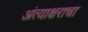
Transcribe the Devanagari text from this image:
अंत्याक्षराचा